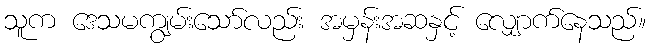
သူက ဒေသမကျွမ်းသော်လည်း အမှန်းအဆနှင့် လျှောက်နေသည်။